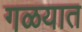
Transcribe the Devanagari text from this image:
गळयात